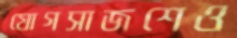
যোগসাজশেও